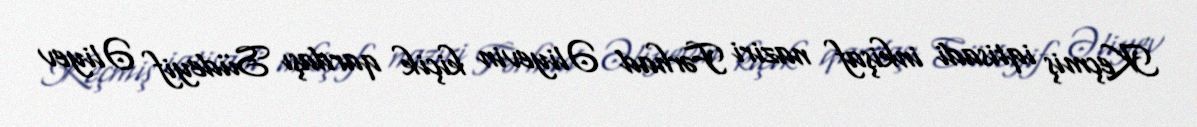
Keçmiş iqtisadi inkişaf naziri Fərhad Əliyevin kiçik qardaşı Südeyif Əliyev